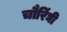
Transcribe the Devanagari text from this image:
चौरिंघी